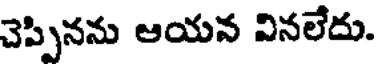
చెప్పినను ఆయన వినలేదు.